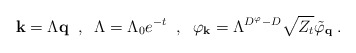
\begin{align*}{\bf{k}} = \Lambda {\bf{q}} \; \; , \; \; \Lambda = \Lambda_0 e^{-t} \; \; , \; \; \varphi_{\bf{k}} = \Lambda^{ D^{\varphi} - D } \sqrt{Z_t} \tilde{\varphi}_{\bf{q}} \; . \end{align*}